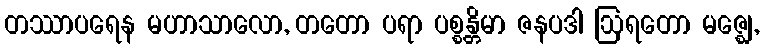
တဿာပရေန မဟာသာလော, တတော ပရာ ပစ္စန္တိမာ ဇနပဒါ ဩရတော မဇ္ဈေ,